Annual returns of the Patna Lunatic Asylum at Bankipore in Bihar and Orissa - 1912-1924
Year: 1912
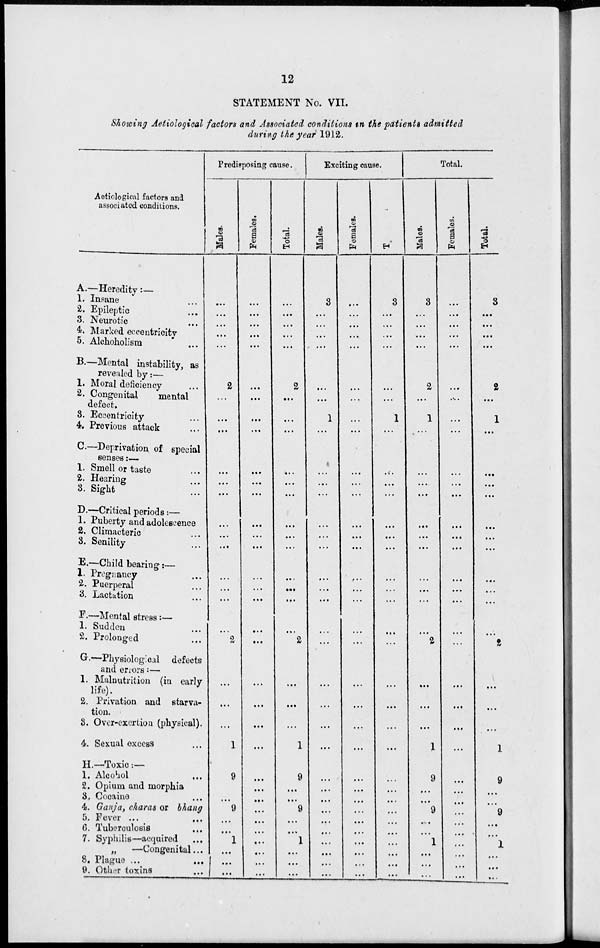
12
STATEMENT No. VII.
Showing Aetiological factors and Associated conditions in the patients admitted
during the year 1912.
Aetiological factors and
associated conditions.
A.—
1.
2.
3.
4.
5.
B. —
1.
2.
3.
4.
C.—
1.
2.
3.
D.—
1.
2.
3.
E.—
1.
2.
3.
F.—
1.
2.
G.—
1.
2.
3.
4.
H.
1.
2.
3.
4.
5.
6.
7.
8.
9.
Heredity :—
Insane ...
Epileptic
...
Neurotic
...
Marked eccentricity
Alchoholism ...
Mental instability, as
revealed by :—
Moral deficiency ...
Congenital
mental
defect.
Eccentricity ...
Previous attack ...
Deprivation of special
senses :—
Smell or taste ...
Hearing ...
Sight
...
Critical periods :—
Puberty and adolescence
Climacteric ...
Senility
...
Child bearing :—
Pregnancy ...
Puerperal ...
Lactation ...
Mental stress :—
Sudden ...
Prolonged ...
Physiological defects
and errors :—
Malnutrition (in early
life).
Privation and starva-
tion.
Over-exertion (physical).
Sexual excess ...
Toxic :—
Alcohol ...
Opium and morphia
Cocaine ...
Ganja, charas or bhang
Fever ...
Tuberculosis ...
Syphilis—acquired ...
„
—Congenital ...
Plague ...
Other toxins ...
Predisposing cause.
Males.
...
...
...
...
...
2
...
...
...
...
...
...
...
...
...
...
...
...
...
2
...
...
...
1
9
...
...
9
...
...
1
...
... ...
Females.
...
...
...
...
...
...
...
...
...
...
...
...
...
...
...
...
...
...
...
...
...
...
...
...
...
...
...
...
...
...
...
...
...
...
Total.
...
...
...
...
...
2
...
...
...
...
...
...
...
...
...
...
...
...
...
2
...
...
...
1
9
...
...
9
...
...
1
...
...
...
Exciting cause.
Males.
3
...
...
...
...
...
...
1
...
...
...
...
...
...
...
...
...
...
...
...
...
...
...
...
...
...
...
...
...
...
...
...
...
...
Females.
...
...
...
...
...
...
...
...
...
...
...
...
...
...
...
...
...
...
...
...
...
...
...
...
...
...
...
...
...
...
...
...
...
...
Total.
3
...
...
...
...
...
...
1
...
...
...
...
...
...
...
...
...
...
...
...
...
...
...
...
...
...
...
...
...
...
...
...
...
...
Total.
Males.
3
...
...
...
...
2
...
1
...
...
...
...
...
...
...
...
...
...
...
2
...
...
...
1
9
...
...
9
...
...
1
...
...
...
Females.
...
...
...
...
...
...
...
...
...
...
...
...
...
...
...
...
...
...
...
...
...
...
...
...
...
...
...
...
...
...
...
...
...
...
Total.
3
...
...
...
...
2
...
1
...
...
...
...
...
...
...
...
...
...
...
2
...
...
...
1
9
...
...
9
...
...
1
...
...
...